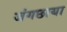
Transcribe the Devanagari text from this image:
जंगछाया